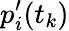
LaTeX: p_{i}^{\prime}(t_{k})